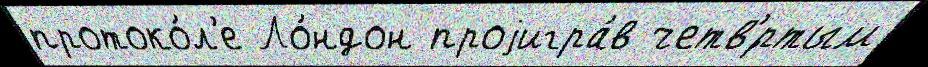
протоко́л'е Ло́ндон проjигра́в четв'́ртым